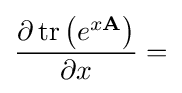
{\frac {\partial \operatorname {tr} \left(e^{x\mathbf {A} }\right)}{\partial x}}=